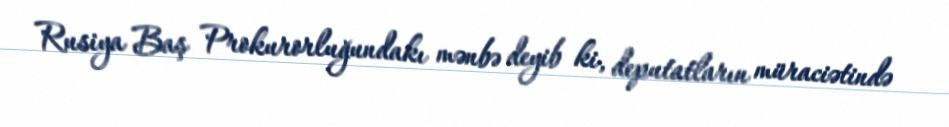
Rusiya Baş Prokurorluğundakı mənbə deyib ki, deputatların müraciətində